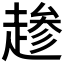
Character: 𫎺